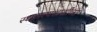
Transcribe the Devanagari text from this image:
स्थापत्यशास्रीच्या